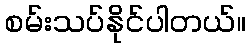
စမ်းသပ်နိုင်ပါတယ်။